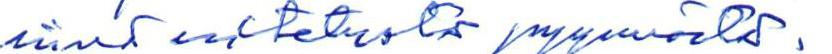
siinä esitetystä pyynnöstä.